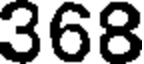
368